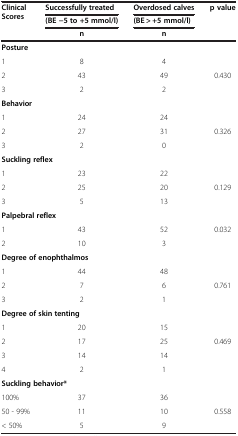
<table><thead><tr><td rowspan="3"><b>Clinical Scores</b></td><td><b>Successfully treated</b></td><td><b>Overdosed calves</b></td><td rowspan="3"><b>p value</b></td></tr><tr><td><b>(BE −5 to +5 mmol/l)</b></td><td><b>(BE &gt; +5 mmol/l)</b></td></tr><tr><td><b>n</b></td><td><b>n</b></td></tr></thead><tbody><tr><td colspan="4"><b>Posture</b></td></tr><tr><td>1</td><td>8</td><td>4</td><td> </td></tr><tr><td>2</td><td>43</td><td>49</td><td>0.430</td></tr><tr><td>3</td><td>2</td><td>2</td><td> </td></tr><tr><td colspan="4"><b>Behavior</b></td></tr><tr><td>1</td><td>24</td><td>24</td><td> </td></tr><tr><td>2</td><td>27</td><td>31</td><td>0.326</td></tr><tr><td>3</td><td>2</td><td>0</td><td> </td></tr><tr><td colspan="4"><b>Suckling reflex</b></td></tr><tr><td>1</td><td>23</td><td>22</td><td> </td></tr><tr><td>2</td><td>25</td><td>20</td><td>0.129</td></tr><tr><td>3</td><td>5</td><td>13</td><td> </td></tr><tr><td colspan="4"><b>Palpebral reflex</b></td></tr><tr><td>1</td><td>43</td><td>52</td><td>0.032</td></tr><tr><td>2</td><td>10</td><td>3</td><td> </td></tr><tr><td colspan="4"><b>Degree of enophthalmos</b></td></tr><tr><td>1</td><td>44</td><td>48</td><td> </td></tr><tr><td>2</td><td>7</td><td>6</td><td>0.761</td></tr><tr><td>3</td><td>2</td><td>1</td><td> </td></tr><tr><td colspan="4"><b>Degree of skin tenting</b></td></tr><tr><td>1</td><td>20</td><td>15</td><td> </td></tr><tr><td>2</td><td>17</td><td>25</td><td>0.469</td></tr><tr><td>3</td><td>14</td><td>14</td><td> </td></tr><tr><td>4</td><td>2</td><td>1</td><td> </td></tr><tr><td colspan="4"><b>Suckling behavior*</b></td></tr><tr><td>100%</td><td>37</td><td>36</td><td> </td></tr><tr><td>50 - 99%</td><td>11</td><td>10</td><td>0.558</td></tr><tr><td>&lt; 50%</td><td>5</td><td>9</td><td> </td></tr></tbody></table>